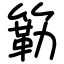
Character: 簕